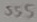
Text: 555